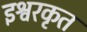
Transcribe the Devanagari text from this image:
इश्वरकृत